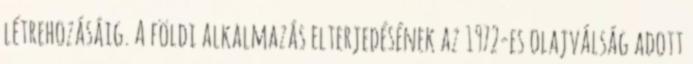
létrehozásáig. A földi alkalmazás elterjedésének az 1972-es olajválság adott